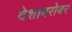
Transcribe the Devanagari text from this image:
देशाबरोबर